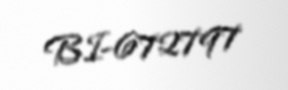
BI-672797